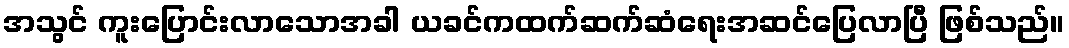
အသွင် ကူးပြောင်းလာသောအခါ ယခင်ကထက်ဆက်ဆံရေးအဆင်ပြေလာပြီ ဖြစ်သည်။